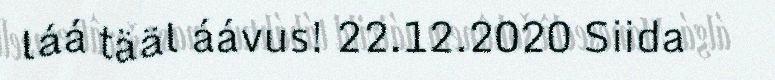
láá tääl áávus! 22.12.2020 Siida